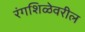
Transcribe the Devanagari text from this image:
रंगशिळेवरील